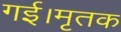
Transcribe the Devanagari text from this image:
गई।मृतक